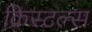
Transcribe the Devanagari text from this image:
क्रिस्टल्स